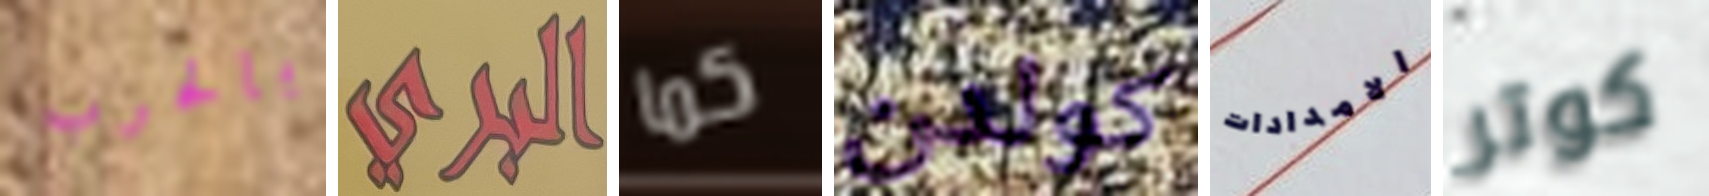
بالحرب البري كما كولدن الامدادات كوتر